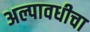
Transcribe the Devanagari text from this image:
अल्पावधीचा